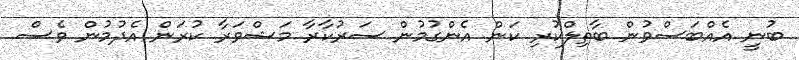
ބުނީ އެއްބަސްވުން ބާތިލްކުރި ކަން އެންގުމުން ސަރުކާރާ މަޝްވަރާ ކުރަން އެދުމުން ވެސް